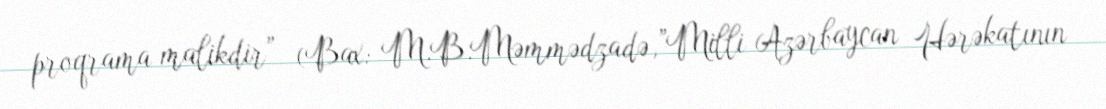
proqrama malikdir” (Bax: M.B.Məmmədzadə,”Milli Azərbaycan Hərəkatının